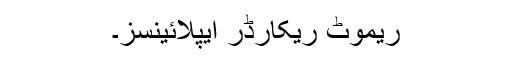
ریموٹ ریکارڈر ایپلائینسز۔